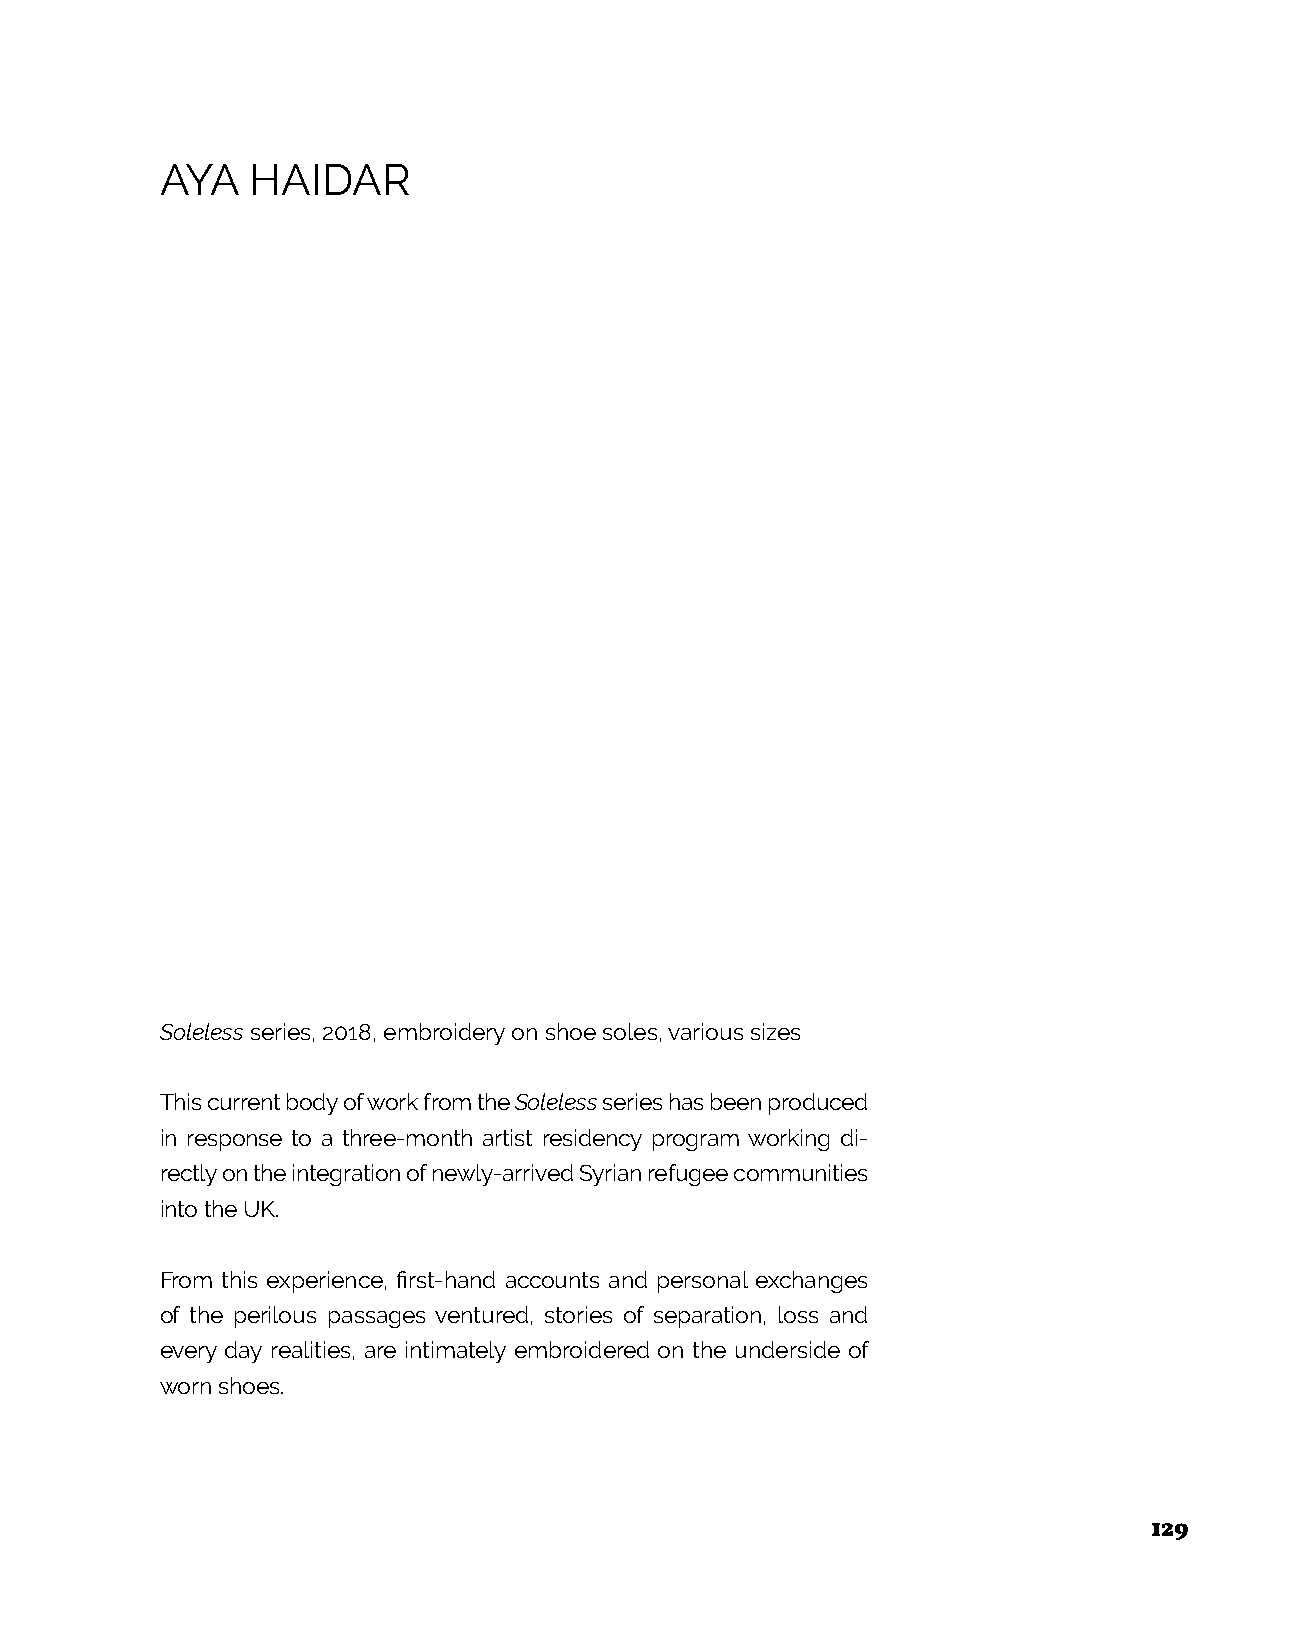
AYA   HAIDAR
 Soleless series, 2018, embroidery on shoe soles, various sizes
 This current body of work from the Soleless series has been produced
 in response to a three-month artist residency program working di-
 rectly on the integration of newly-arrived Syrian refugee communities
 into the UK.
 From this experience, first-hand accounts and personal exchanges
 of the perilous passages ventured, stories of separation, loss and
 every day realities, are intimately embroidered on the underside of
 worn shoes.
 129